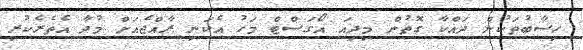
ހިސާބުތަކުން ދައްކާ ގޮތުން މިދިއަ އޯގަސްޓް މަހު އެކަނި ރާއްޖެއަށް މުދާ އެތެރެކުރި